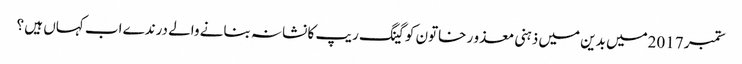
ستمبر 2017میں بدین میں ذہنی معذو ر خاتون کو گینگ ریپ کا نشانہ بنانے والے درندے اب کہاں ہیں ؟